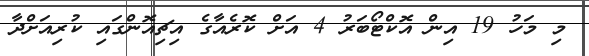
މި މަހު 19 އިން އޮކްޓޯބަރު 4 އަށް ކޮރެއާގެ އިޗިއޮންގައި ކުރިއަށްދާ